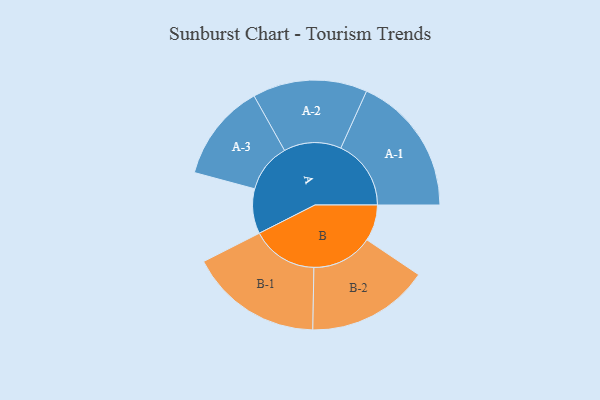
{"axis": {"x": "Segment", "y": "Value"}, "legend": ["", "A", "B"], "data": [{"x": "A", "y": 177, "type": ""}, {"x": "B", "y": 143, "type": ""}, {"x": "A-1", "y": 277, "type": "A"}, {"x": "A-2", "y": 226, "type": "A"}, {"x": "A-3", "y": 193, "type": "A"}, {"x": "B-1", "y": 262, "type": "B"}, {"x": "B-2", "y": 241, "type": "B"}]}